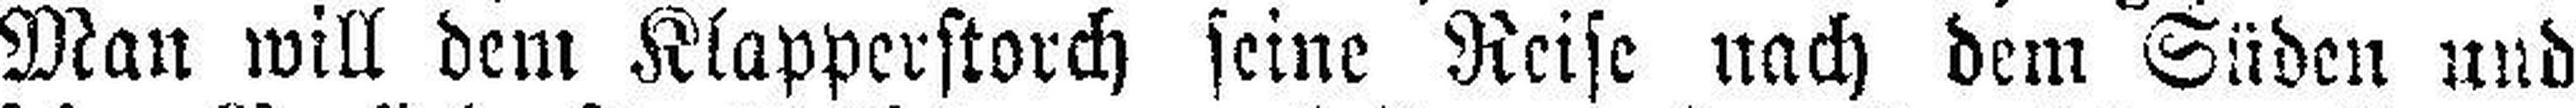
Man will dem Klapperstorch seine Reise nach dem Süden und